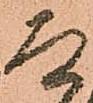
道